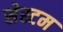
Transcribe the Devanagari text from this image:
सेस्टम